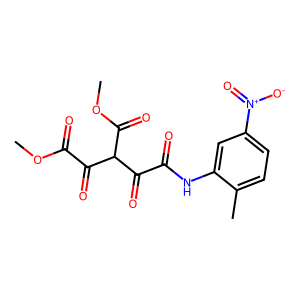
SMILES: COC(=O)C(=O)C(C(=O)OC)C(=O)C(=O)Nc1cc([N+](=O)[O-])ccc1C
Inhibits HIV replication: No